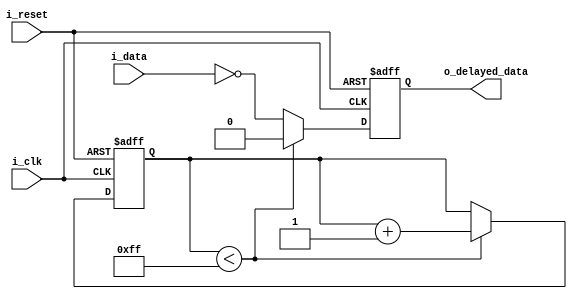
module NOR_Gate_Delay (
    input wire i_clk,
    input wire i_reset,
    input wire i_data,
    output reg o_delayed_data
);

reg [7:0] delay_value = 8'hFF; // Specify the desired delay value here

reg [7:0] counter;

always @(posedge i_clk or posedge i_reset) begin
    if (i_reset) begin
        counter <= 8'b0;
        o_delayed_data <= 1'b0;
    end else if (counter < delay_value) begin
        counter <= counter + 1;
        o_delayed_data <= 1'b0;
    end else begin
        o_delayed_data <= ~i_data; // Delay signal propagation through NOR gate by inverting input signal
    end
end

endmodule